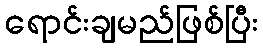
ရောင်းချမည်ဖြစ်ပြီး